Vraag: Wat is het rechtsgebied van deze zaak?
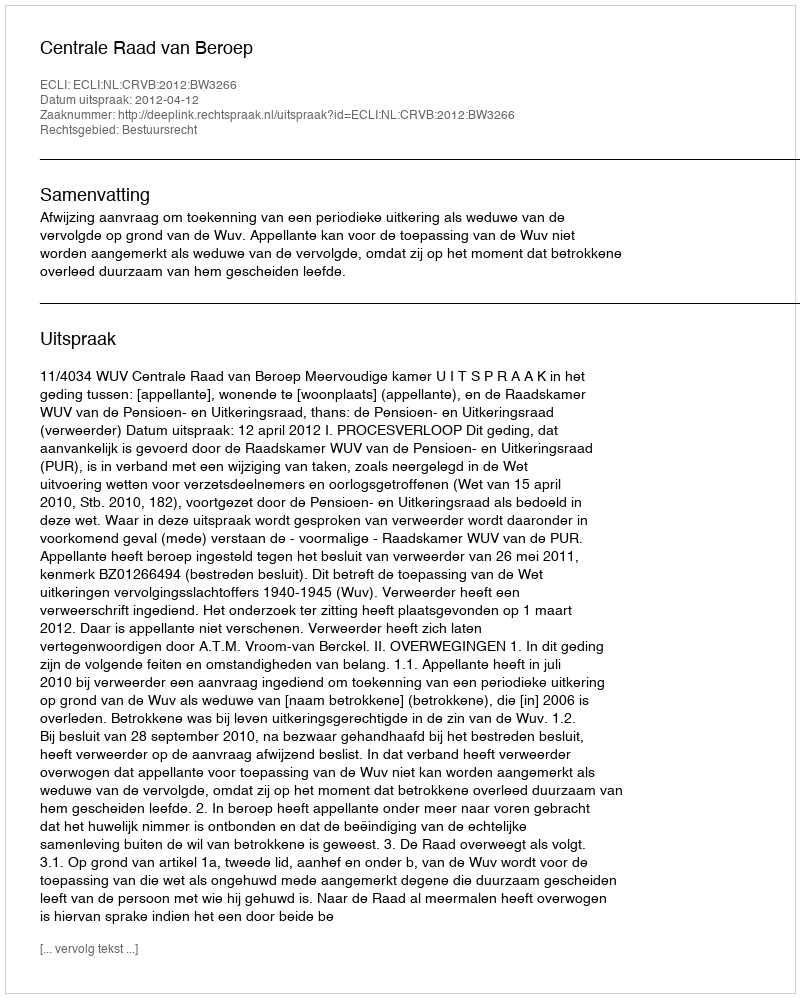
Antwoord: Bestuursrecht